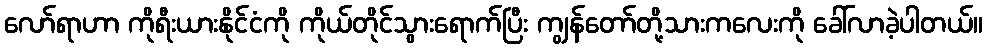
လော်ရာဟာ ကိုရီးယားနိုင်ငံကို ကိုယ်တိုင်သွားရောက်ပြီး ကျွန်တော်တို့သားကလေးကို ခေါ်လာခဲ့ပါတယ်။